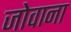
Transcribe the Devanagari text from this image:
जोवाना